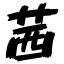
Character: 茜